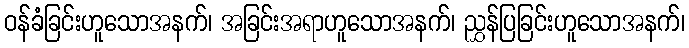
ဝန်ခံခြင်းဟူသောအနက်၊ အခြင်းအရာဟူသောအနက်၊ ညွှန်ပြခြင်းဟူသောအနက်၊